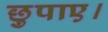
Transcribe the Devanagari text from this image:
छुपाए।